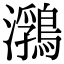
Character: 𪃽